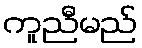
ကူညီမည်